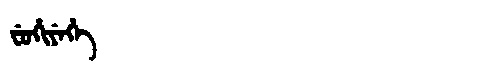
Manchu: ᠸᡠᡥᡳᠶᡝᡥᡝ
Romanization: FUHIYEHE